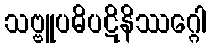
သဗ္ဗူပဓိပဋိနိဿဂ္ဂေါ